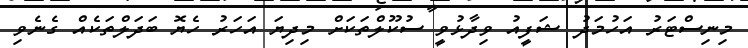
މިނިސްޓަރު އަހުމަދު ޝަފީއު ވިދާޅުވީ ސުކޫލްތަކަށް މިދިޔަ އަހަރު ހެޔޮ ބަދަލްތަކެއް ގެނެވި